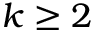
k \ge 2